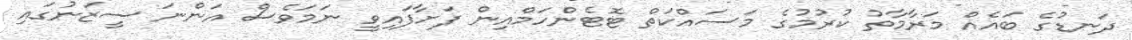
ދަނޑުގެ ބައެއް މަރާމާތު ކުރުމުގެ މަސައްކަތް ޓޮޓެންހަމްއިން ފަށާފައިވީ ނަމަވެސް އަންނަ ސީޒަނުގައި